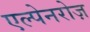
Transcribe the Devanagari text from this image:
एल्पेनरोज़